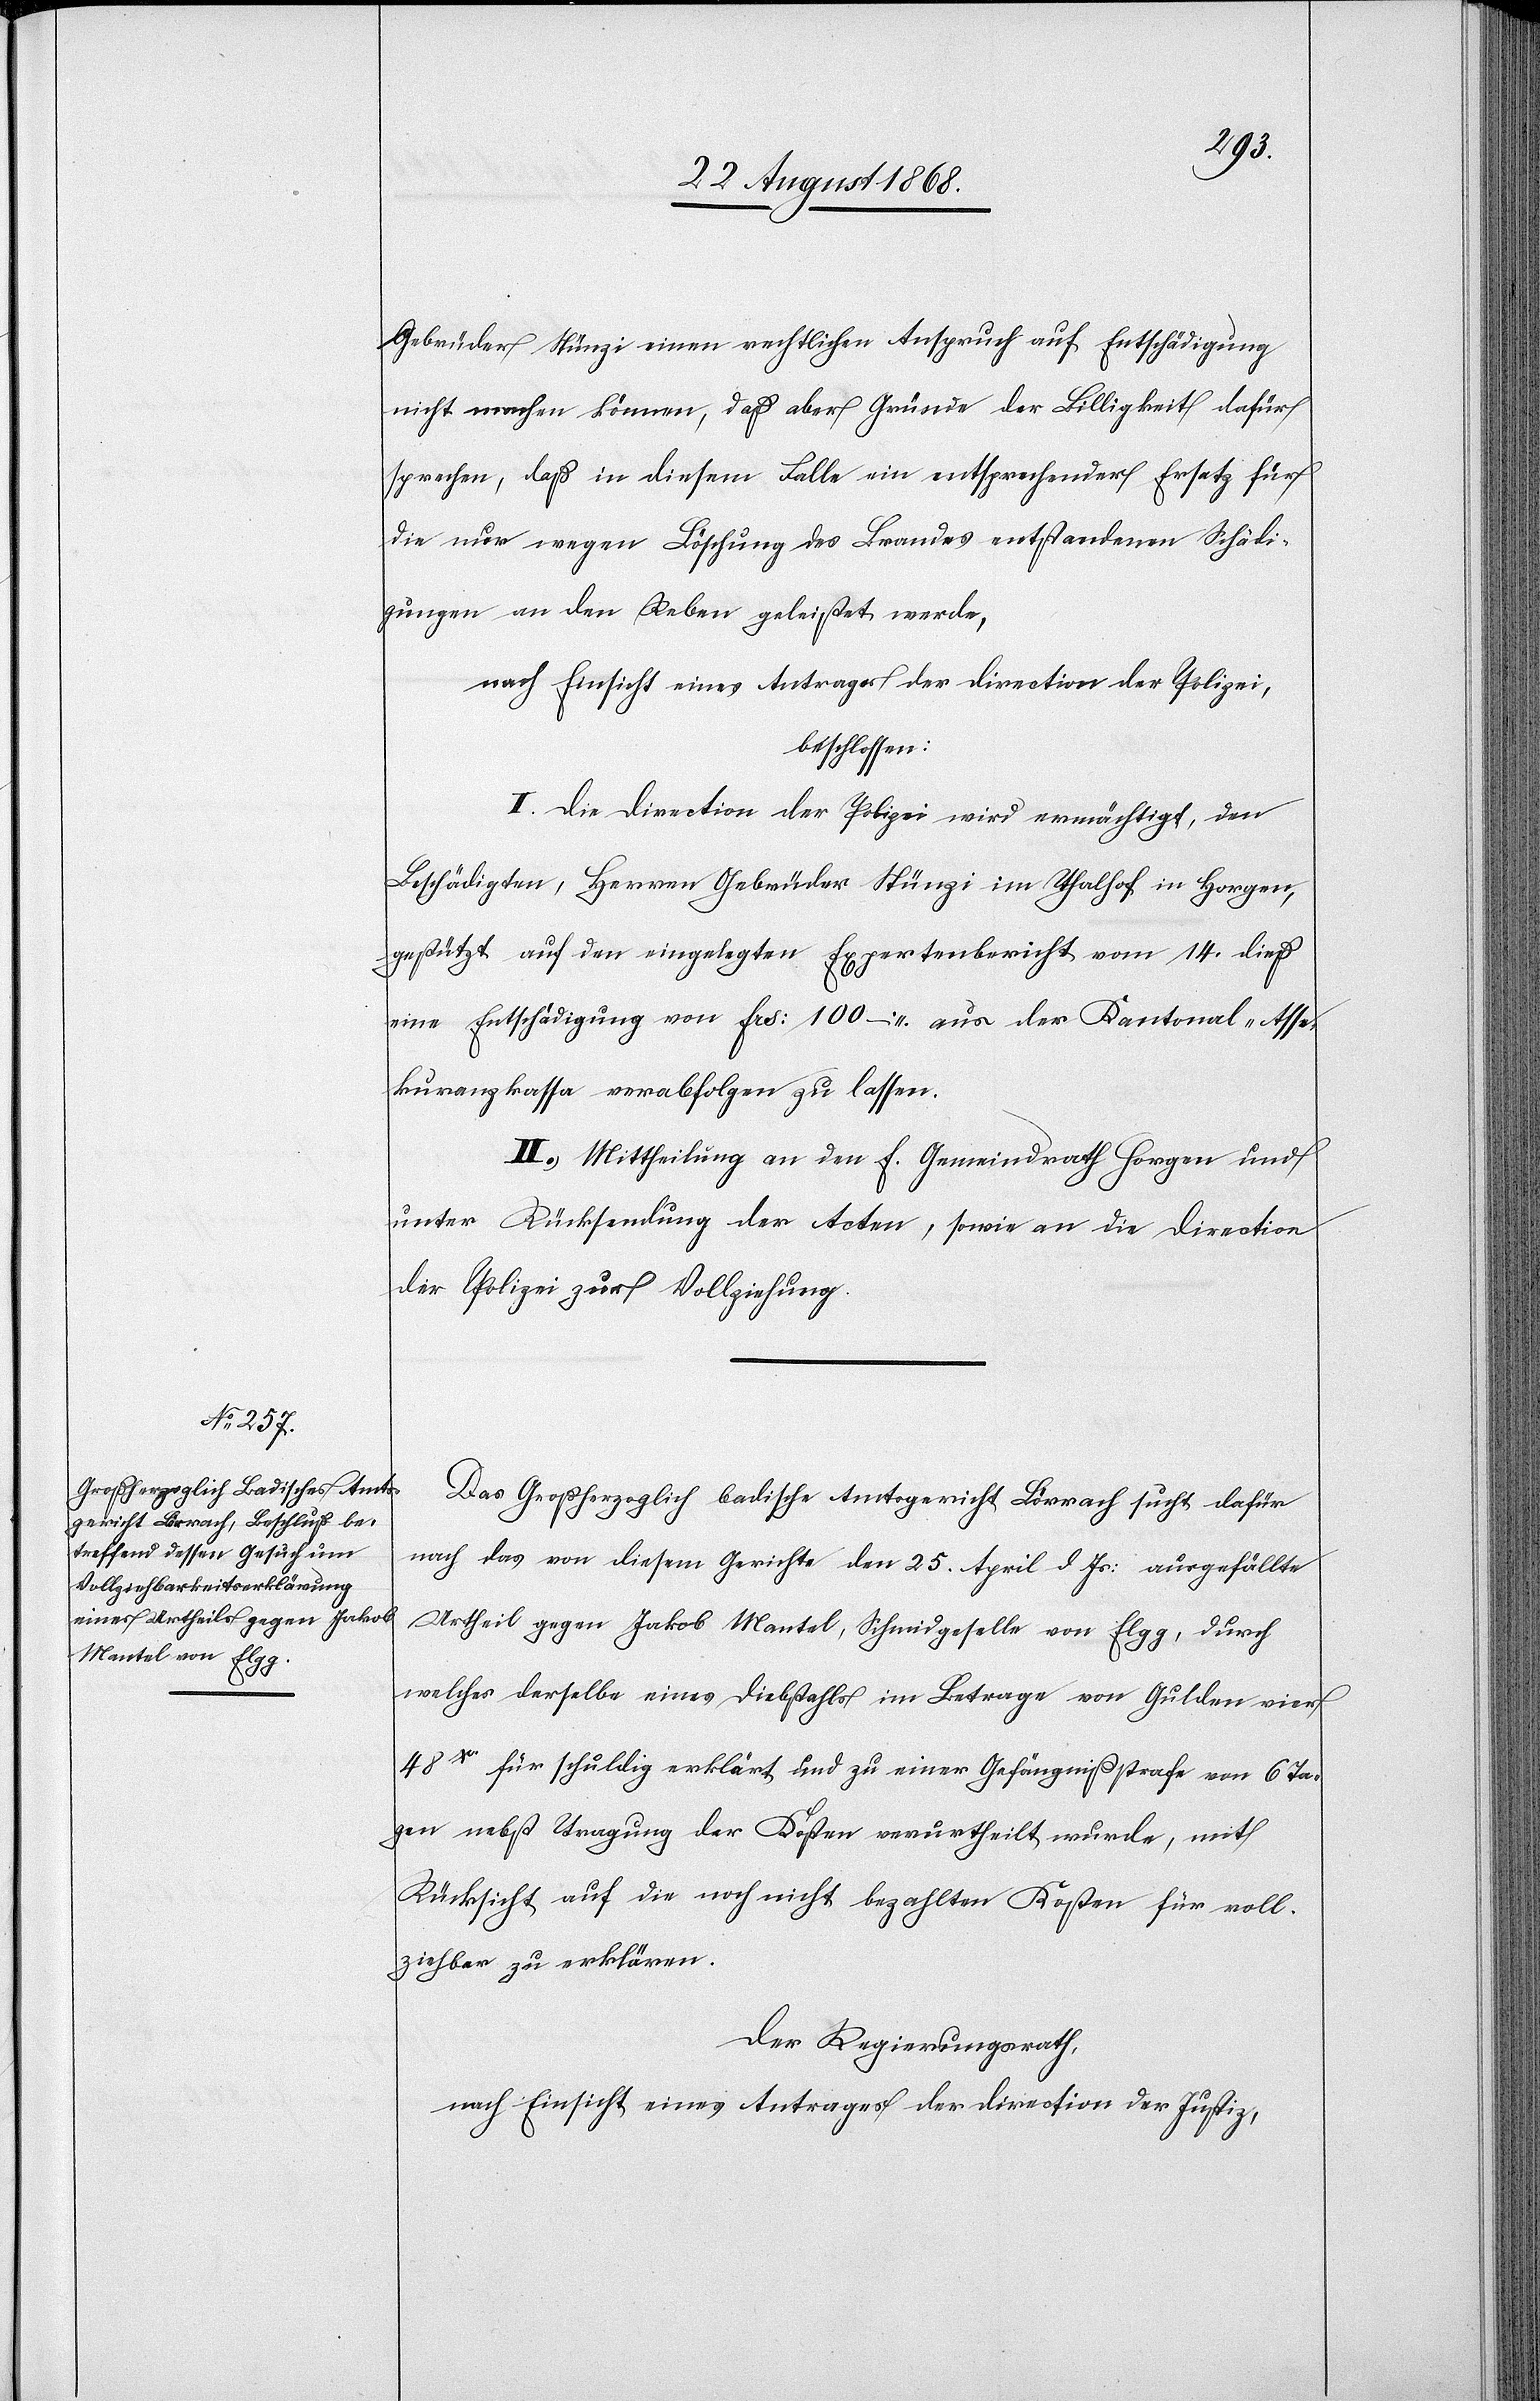
Gebrüder Stünzi einen rechtlichen Anspruch auf Entschädigung
nicht machen können, daß aber Gründe der Billigkeit dafür
sprechen, daß in diesem Falle ein entsprechender Ersatz für
die nur wegen Löschung des Brandes entstandenen Schädi¬
gungen an den Reben geleistet werde,
nach Einsicht eines Antrages der Direction der Polizei,
beschlossen:
I. Die Direction der Polizei wird ermächtigt, den
Beschädigten, Herren Gebrüder Stünzi im Thalhof in Horgen,
gestützt auf den eingelegten Expertenbericht vom 14. dieß
eine Entschädigung von Frs: 100 – aus der Kantonal-Asse¬
kuranzkassa verabfolgen zu lassen.
II. Mittheilung an den E. Gemeindrath Horgen und
unter Rücksendung der Acten, sowie an die Direction
der Polizei zur Vollziehung.
Das Großherzoglich badische Amtsgericht Lörrach sucht dafür
nach das von diesem Gerichte den 25. April d. Js: ausgefällte
Urtheil gegen Jakob Mantel, Schmidgeselle von Elgg, durch
welches derselbe eines Diebstahls im Betrage von Gulden vier
48Xr für schuldig erklärt und zu einer Gefängnißstrafe von 6 Ta¬
gen nebst Tragung der Kosten verurtheilt wurde, mit
Rücksicht auf die noch nicht bezahlten Kosten für voll¬
ziehbar zu erklären.
Der Regierungsrath,
nach Einsicht eines Antrages der Direction der Justiz,